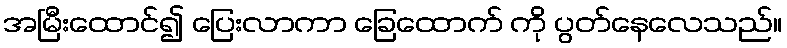
အမြီးထောင်၍ ပြေးလာကာ ခြေထောက် ကို ပွတ်နေလေသည်။